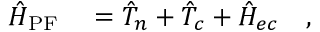
\begin{array} { r l } { \hat { H } _ { \mathrm { P F } } } & { { } = \hat { T } _ { n } + \hat { T } _ { c } + \hat { H } _ { e c } \quad , } \end{array}